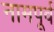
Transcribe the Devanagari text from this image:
नामपूर्व